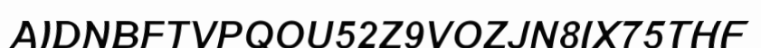
AIDNBFTVPQOU52Z9VOZJN8IX75THF